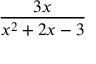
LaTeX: \frac { 3 x } { x ^ { 2 } + 2 x - 3 }